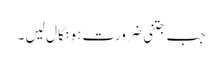
جب جتنی ضرورت ہو نکا ل لیں ۔